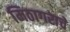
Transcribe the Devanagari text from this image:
मिठागराचे